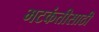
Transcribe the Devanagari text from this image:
भटकंतीसाठी